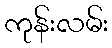
ကုန်းလမ်း